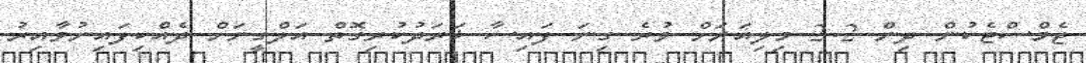
ޖެމްސްޓެކުން ދިން 2.2 މިލިއަނަށް ވުރެ ގިނަ ފައިސާ ޚަރަދުކުރިގޮތް އަލްގީނަށް ދެއްކިފައިނުވާއިރު